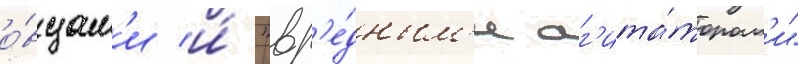
о́вцам'и и́ "вр'е́дным'и аг'ита́торам'и"